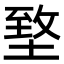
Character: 𡍶